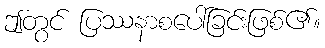
ဤတွင် ပြဿနာစပေါ်ခြင်းဖြစ်၏။